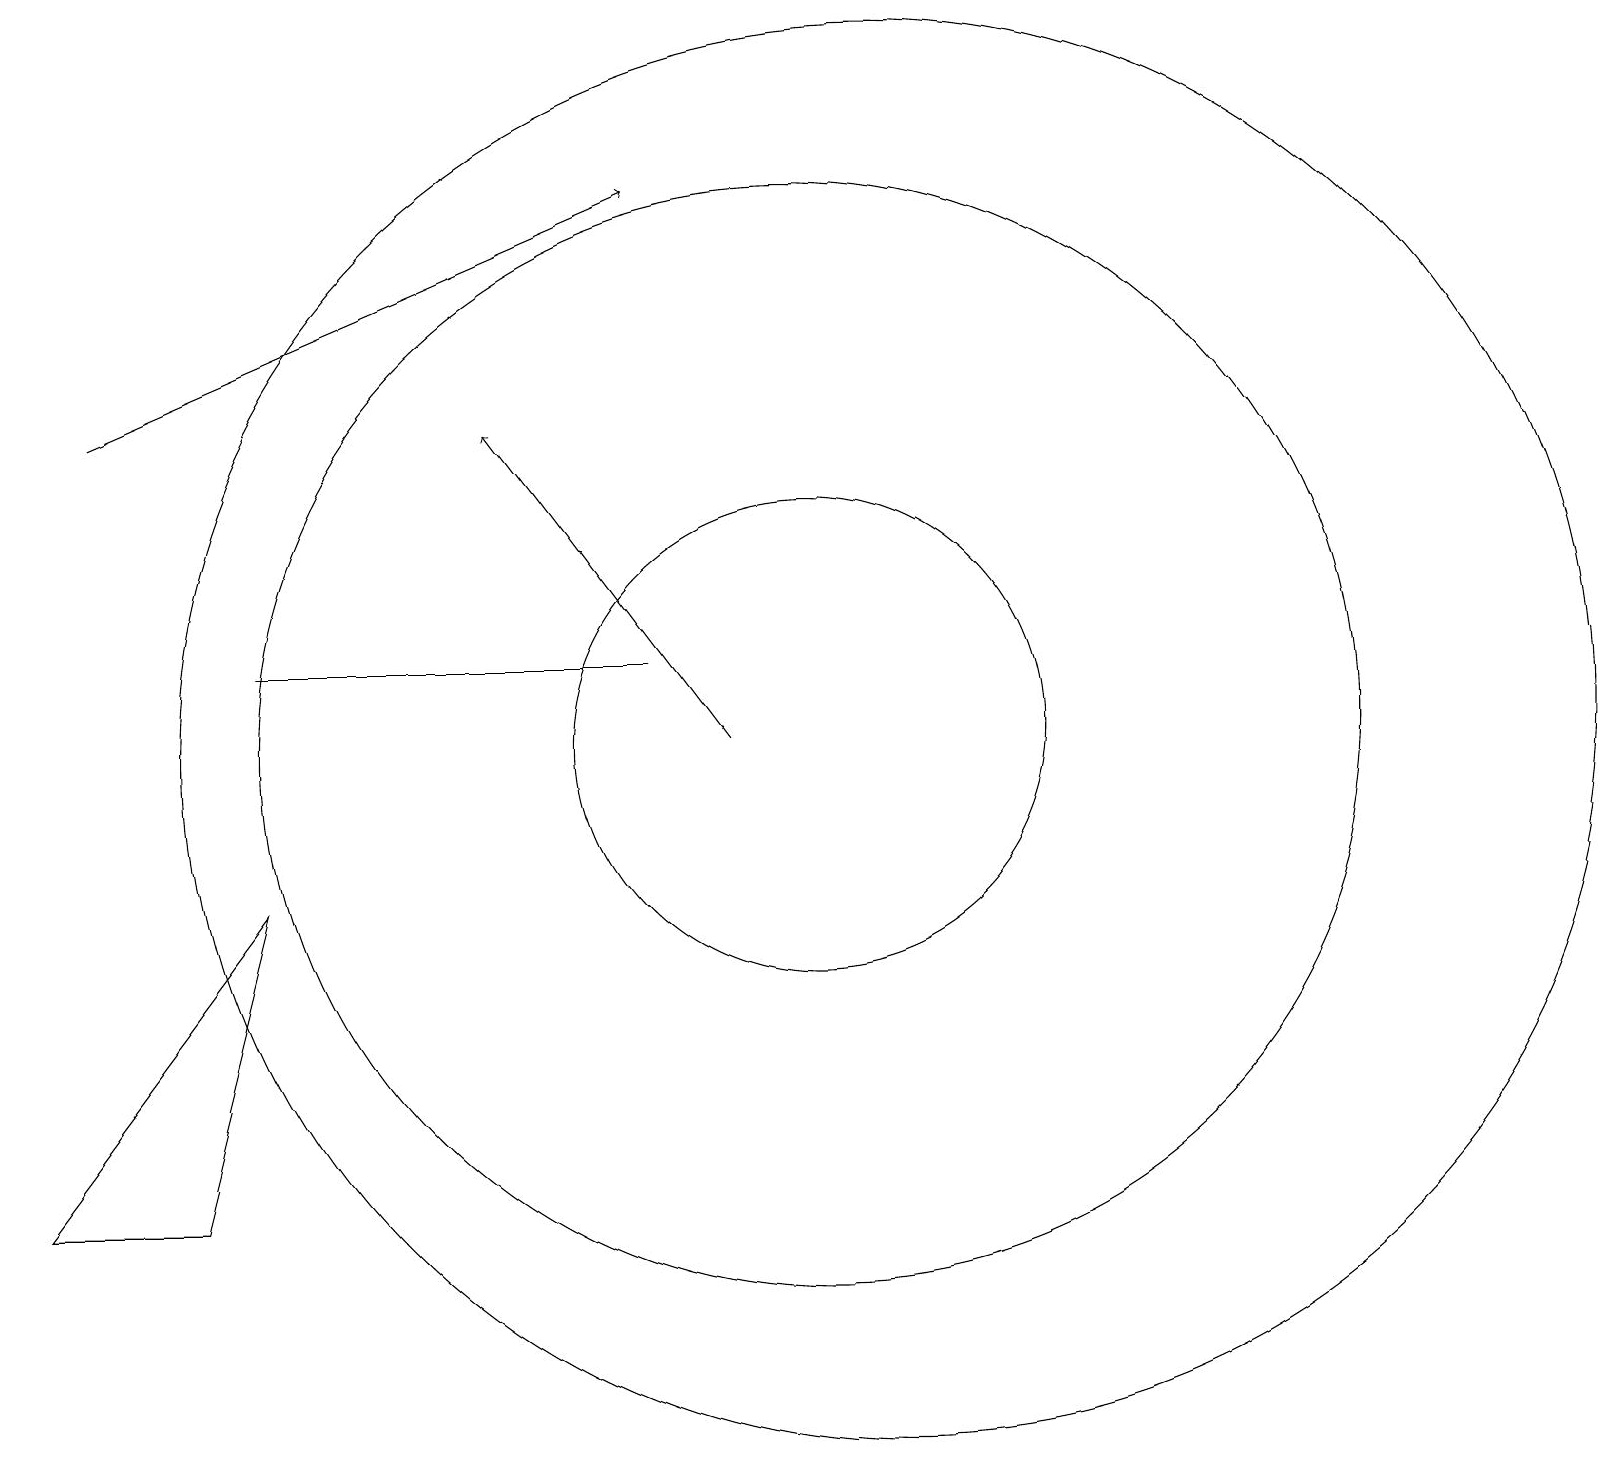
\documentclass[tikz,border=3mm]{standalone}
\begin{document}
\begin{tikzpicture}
\draw (2,5) -- (3,9) -- (0,5) -- cycle;
\draw (10,11) circle (7);
\draw (3,12) rectangle (8,12);
\draw (10,11) circle (3);
\draw[->] (1,15) -- (8,18);
\draw (11,11) circle (9);
\draw[->] (9,11) -- (6,15);
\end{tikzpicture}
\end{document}